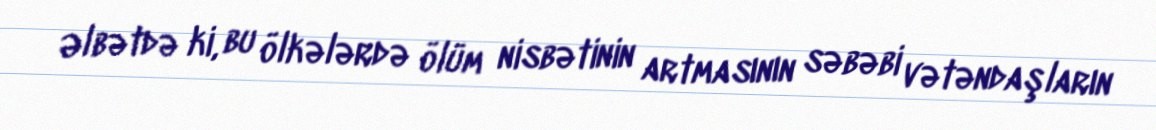
Əlbətdə ki, bu ölkələrdə ölüm nisbətinin artmasının səbəbi vətəndaşların